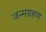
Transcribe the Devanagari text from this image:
जन्मग्रहण